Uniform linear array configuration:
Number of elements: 32
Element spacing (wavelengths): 0.75
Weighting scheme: exponential
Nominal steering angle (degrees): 45
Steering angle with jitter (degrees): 46.233
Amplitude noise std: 0.05
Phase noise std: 0.05

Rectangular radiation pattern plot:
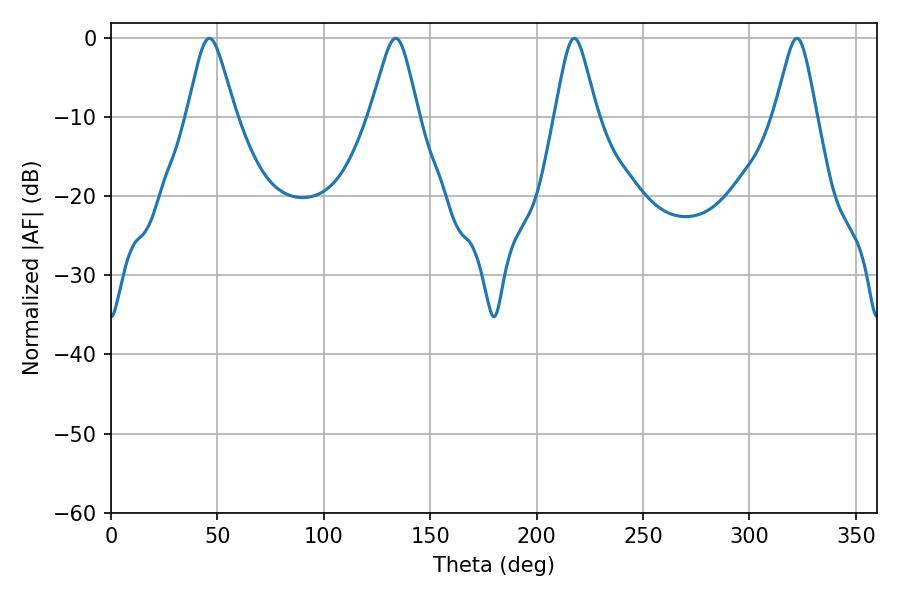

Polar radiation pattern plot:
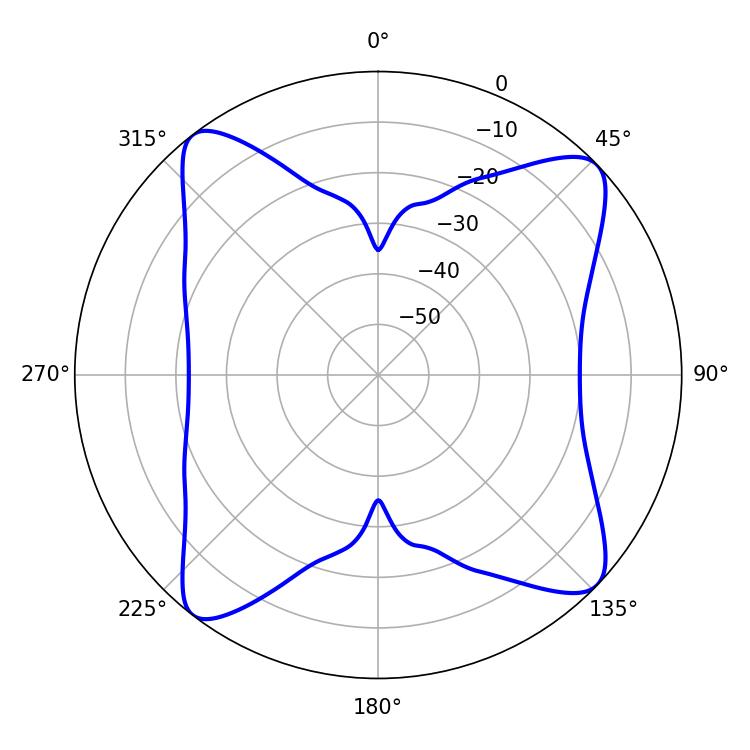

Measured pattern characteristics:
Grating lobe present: TRUE
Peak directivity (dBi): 13.732
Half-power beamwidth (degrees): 10.8
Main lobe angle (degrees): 46.26